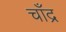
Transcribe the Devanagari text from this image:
चाँद्र